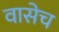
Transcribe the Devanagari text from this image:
वासेच